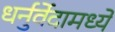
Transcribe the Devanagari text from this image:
धर्नुर्वेदामध्ये